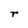
Character: r